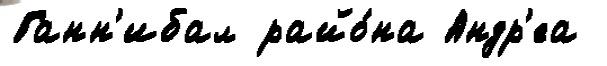
Ганн'ибал райо́на Андр'еа